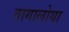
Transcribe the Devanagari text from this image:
तागालोया